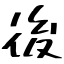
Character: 後